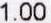
1.00